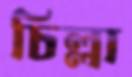
চিল্লা